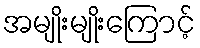
အမျိုးမျိုးကြောင့်